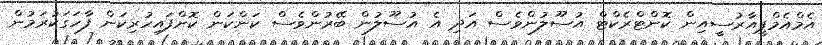
އެމްއެމްޕީއާރުސީއިން ކޮންޓްރެކްޓް އުސޫލުންވެސް އަދި އެ އުސޫލުން ބޭރުންވެސް ކަންކަން ކޮށްފައިހުރިކަން ފާހަގަކުރަމުން